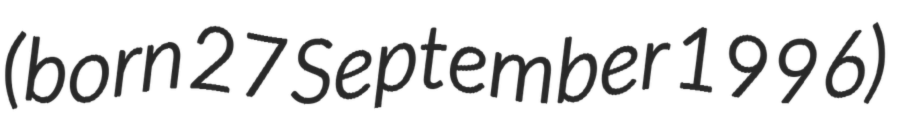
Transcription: (born 27 September 1996)